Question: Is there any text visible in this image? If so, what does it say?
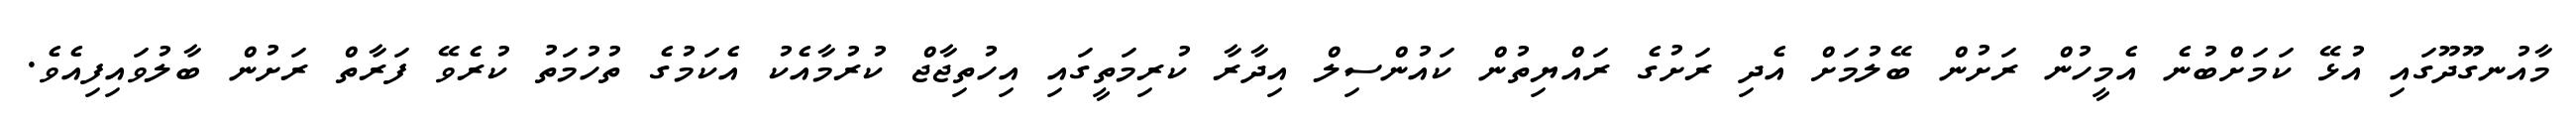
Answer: މާއުނގޫދޫގައި އުޅޭ ކަމަށްބުނެ އެމީހުން ރަށުން ބޭލުމަށް އެދި ރަށުގެ ރައްޔިތުން ކައުންސިލް އިދާރާ ކުރިމަތީގައި އިހުތިޖާޖް ކުރުމާއެކު އެކަމުގެ ތުހުމަތު ކުރެވޭ ފަރާތް ރަށުން ބާލުވައިފިއެވެ.